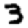
Digit: 3